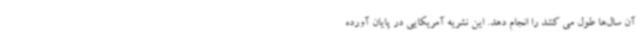
آن سال‌ها طول می کشد را انجام دهد. این نشریه آمریکایی در پایان آورده